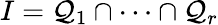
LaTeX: I=\mathcal{Q}_{1}\cap\cdots\cap\mathcal{Q}_{r}